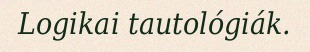
Logikai tautológiák.